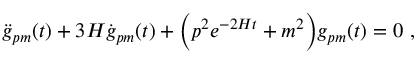
\ddot { g } _ { p m } ( t ) + 3 H \dot { g } _ { p m } ( t ) + \Bigl ( p ^ { 2 } e ^ { - 2 H t } + m ^ { 2 } \Bigr ) g _ { p m } ( t ) = 0 \ ,